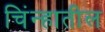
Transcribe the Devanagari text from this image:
चिंन्हातील